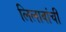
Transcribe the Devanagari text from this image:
लिलावांची